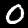
Label: 0